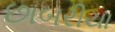
છાબરીયા